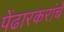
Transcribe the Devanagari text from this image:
पेंढारकरांचे